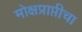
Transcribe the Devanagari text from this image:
मोक्षप्राप्तीचा